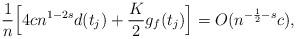
LaTeX: \begin{align*} \frac{1}{n}\Bigl[4cn^{1-2s}d(t_{j})+ \frac{K}{2}g_f(t_{j})\Bigr]=O( n^{ -\frac 12-s}c ),\end{align*}